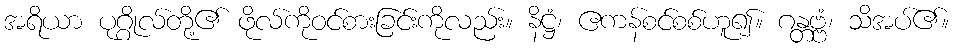
အရိယာ ပုဂ္ဂိုလ်တို့၏ ဖိုလ်ကိုဝင်စားခြင်းကိုလည်း။ နိဋ္ဌံ၊ ဧကန်စင်စစ်ဟူ၍။ ဂန္တဗ္ဗံ၊ သိအပ်၏။